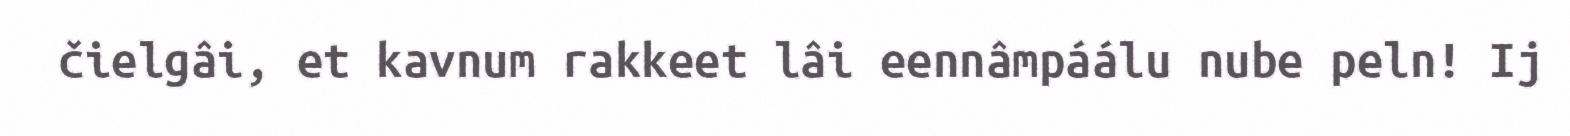
čielgâi, et kavnum rakkeet lâi eennâmpáálu nube peln! Ij